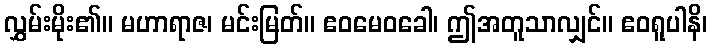
လွှမ်းမိုး၏။ မဟာရာဇ၊ မင်းမြတ်။ ဧဝမေဝခေါ၊ ဤအတူသာလျှင်။ ဧဝရူပါနိ၊